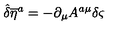
{ \hat { \delta } } { { \overline { { \eta } } } ^ { a } } = - \partial _ { \mu } A ^ { a \mu } \delta \varsigma